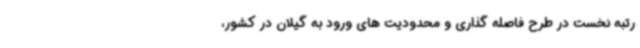
رتبه نخست در طرح فاصله گذاری و محدودیت های ورود به گیلان در کشور،